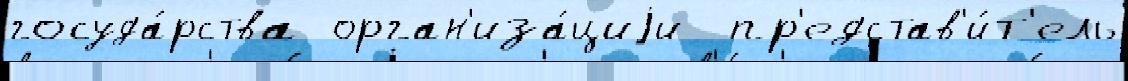
госуда́рства орган'иза́циjи  пр'едстав'и́т'ель